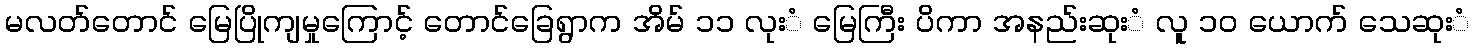
မလတ်တောင် မြေပြိုကျမှုကြောင့် တောင်ခြေရွာက အိမ် ၁၁ လုးံ မြေကြီး ပိကာ အနည်းဆုးံ လူ ၁၀ ယောက် သေဆုးံ